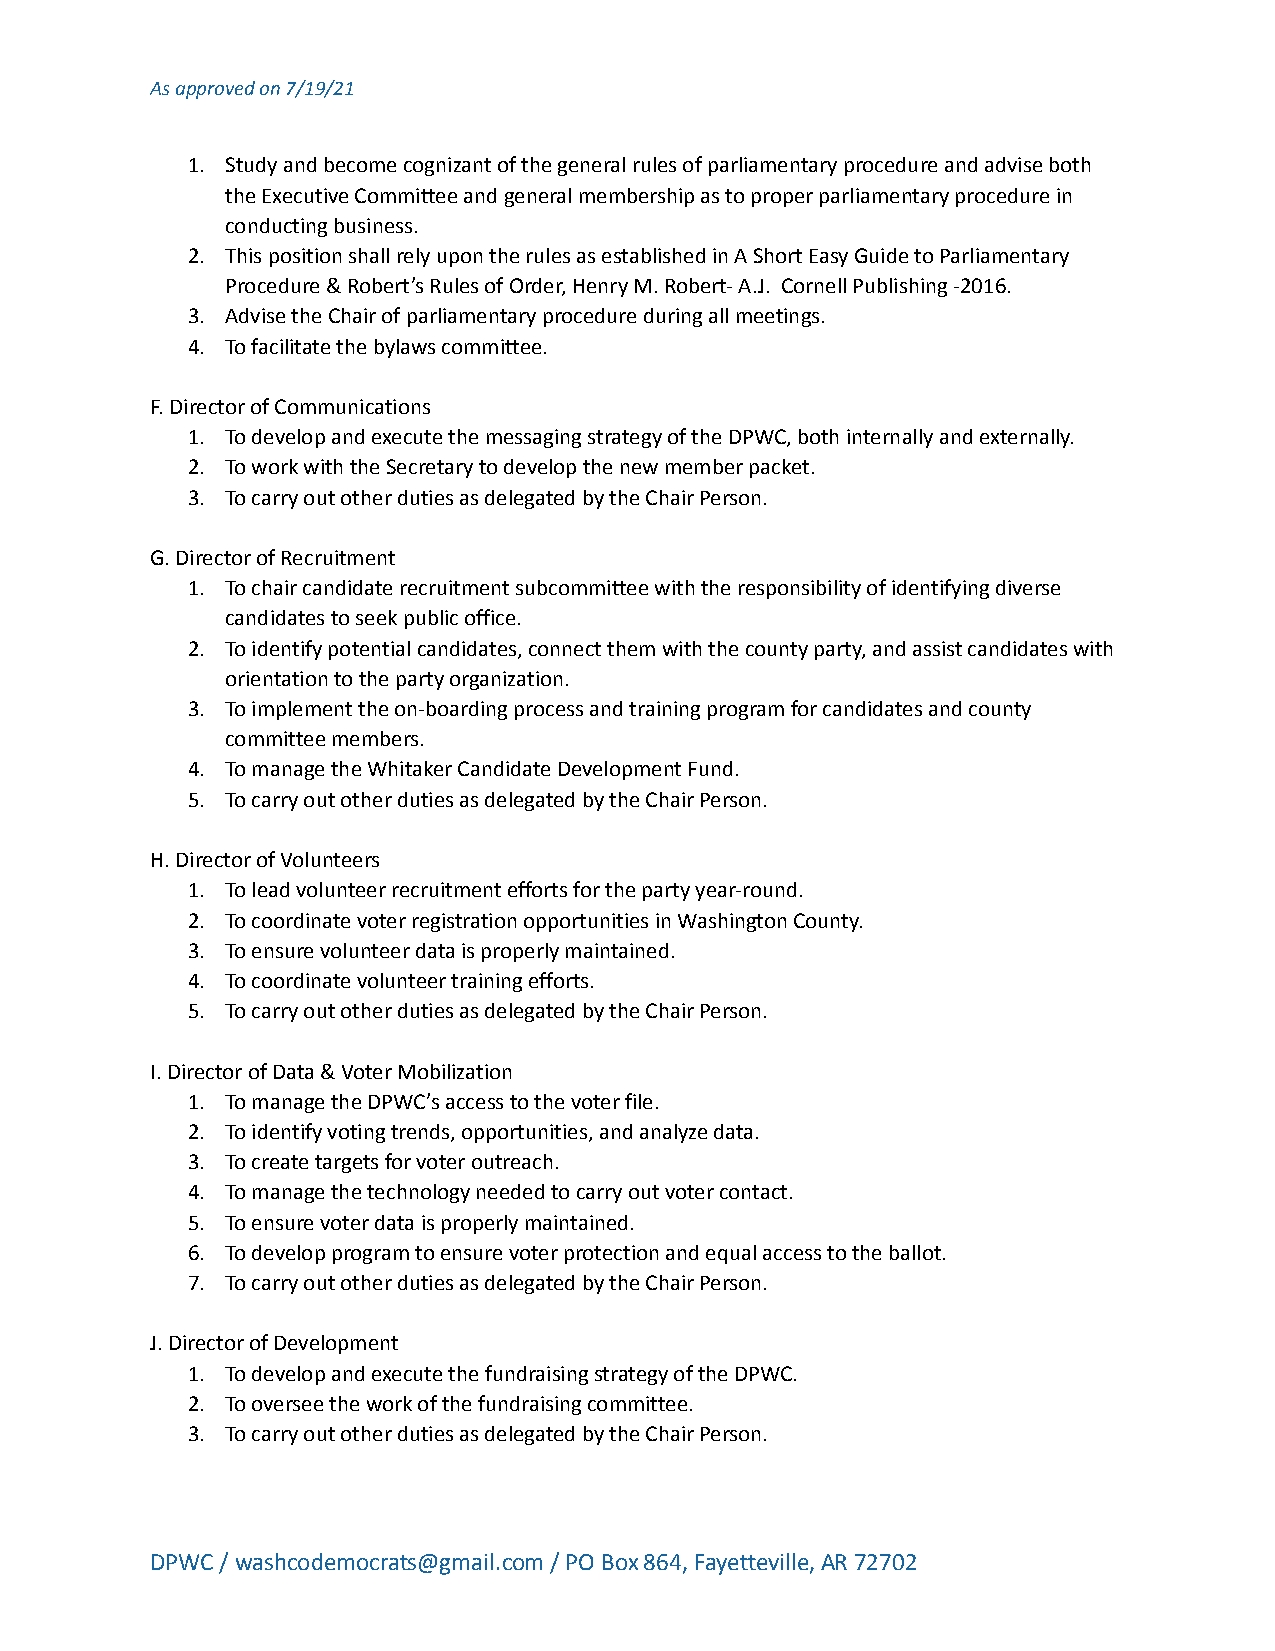
As approved on 7/19/21
 1. Study and become cognizant of the general rules of parliamentary procedure and advise both
 the Executive Committee and general membership asto proper parliamentary procedure in
 conducting business.
 2. This position shall rely upon the rules as establishedin A Short Easy Guide to Parliamentary
 Procedure & Robert’s Rules of Order, Henry M. Robert-A.J. Cornell Publishing -2016.
 3. Advise the Chair of parliamentary procedure duringall meetings.
 4. To facilitate the bylaws committee.
 F. Director of Communications
 1. To develop and execute the messaging strategy of theDPWC, both internally and externally.
 2. To work with the Secretary to develop the new memberpacket.
 3. To carry out other duties as delegated by the ChairPerson.
 G. Director of Recruitment
 1. To chair candidate recruitment subcommittee with theresponsibility of identifying diverse
 candidates to seek public office.
 2. To identify potential candidates, connect them withthe county party, and assist candidates with
 orientation to the party organization.
 3. To implement the on-boarding process and trainingprogram for candidates and county
 committee members.
 4. To manage the Whitaker Candidate Development Fund.
 5. To carry out other duties as delegated by the ChairPerson.
 H. Director of Volunteers
 1. To lead volunteer recruitment efforts for the partyyear-round.
 2. To coordinate voter registration opportunities inWashington County.
 3. To ensure volunteer data is properly maintained.
 4. To coordinate volunteer training efforts.
 5. To carry out other duties as delegated by the ChairPerson.
 I. Director of Data & Voter Mobilization
 1. To manage the DPWC’s access to the voter file.
 2. To identify voting trends, opportunities, and analyzedata.
 3. To create targets for voter outreach.
 4. To manage the technology needed to carry out votercontact.
 5. To ensure voter data is properly maintained.
 6. To develop program to ensure voter protection andequal access to the ballot.
 7. To carry out other duties as delegated by the ChairPerson.
 J. Director of Development
 1. To develop and execute the fundraising strategy ofthe DPWC.
 2. To oversee the work of the fundraising committee.
 3. To carry out other duties as delegated by the ChairPerson.
 DPWC / washcodemocrats@gmail.com / PO Box 864, Fayetteville,AR 72702